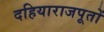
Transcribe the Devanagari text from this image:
दहियाराजपूतों